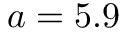
a = 5 . 9